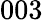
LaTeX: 003